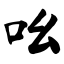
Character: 吆